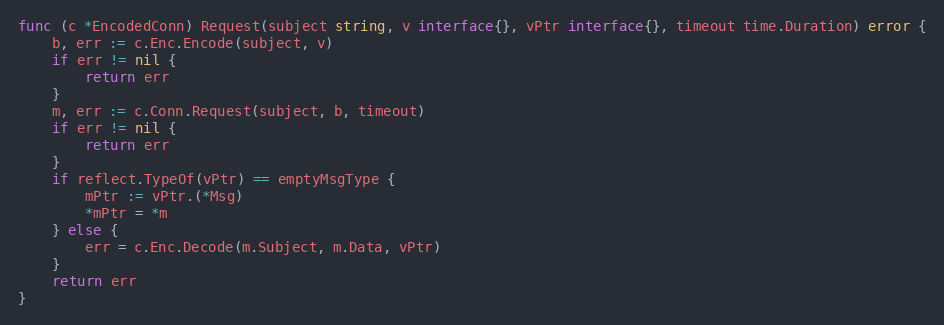
Language: Go
func (c *EncodedConn) Request(subject string, v interface{}, vPtr interface{}, timeout time.Duration) error {
	b, err := c.Enc.Encode(subject, v)
	if err != nil {
		return err
	}
	m, err := c.Conn.Request(subject, b, timeout)
	if err != nil {
		return err
	}
	if reflect.TypeOf(vPtr) == emptyMsgType {
		mPtr := vPtr.(*Msg)
		*mPtr = *m
	} else {
		err = c.Enc.Decode(m.Subject, m.Data, vPtr)
	}
	return err
}